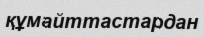
құмайттастардан